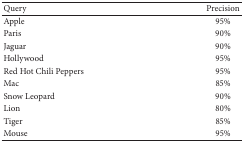
| Query | Precision |
 | --- | --- |
 | Apple | 95% |
 | Paris | 90% |
 | Jaguar | 90% |
 | Hollywood | 95% |
 | Red Hot Chili Peppers | 95% |
 | Mac | 85% |
 | Snow Leopard | 90% |
 | Lion | 80% |
 | Tiger | 85% |
 | Mouse | 95% |